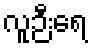
လူဉီးရေ